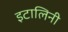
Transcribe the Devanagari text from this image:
इटालिनी